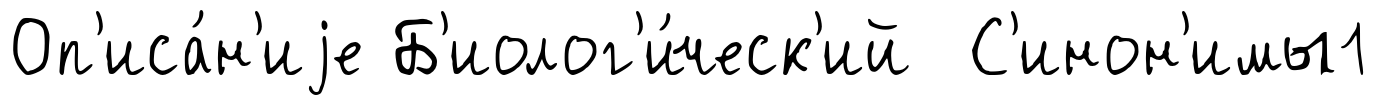
Оп'иса́н'иjе Б'иолог'и́ческ'ий С'инон'имы1